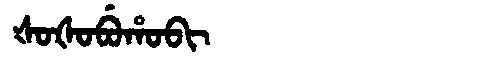
Manchu: ᡧᠣᡧᠣᠪᡠᡥᠣᠪᡳ
Romanization: ŠOŠOBUHOBI